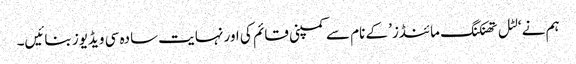
ہم نے ‘لٹل تھنکنگ مائنڈز’ کے نام سے کمپنی قائم کی اور نہایت سادہ سی ویڈیوز بنائیں۔